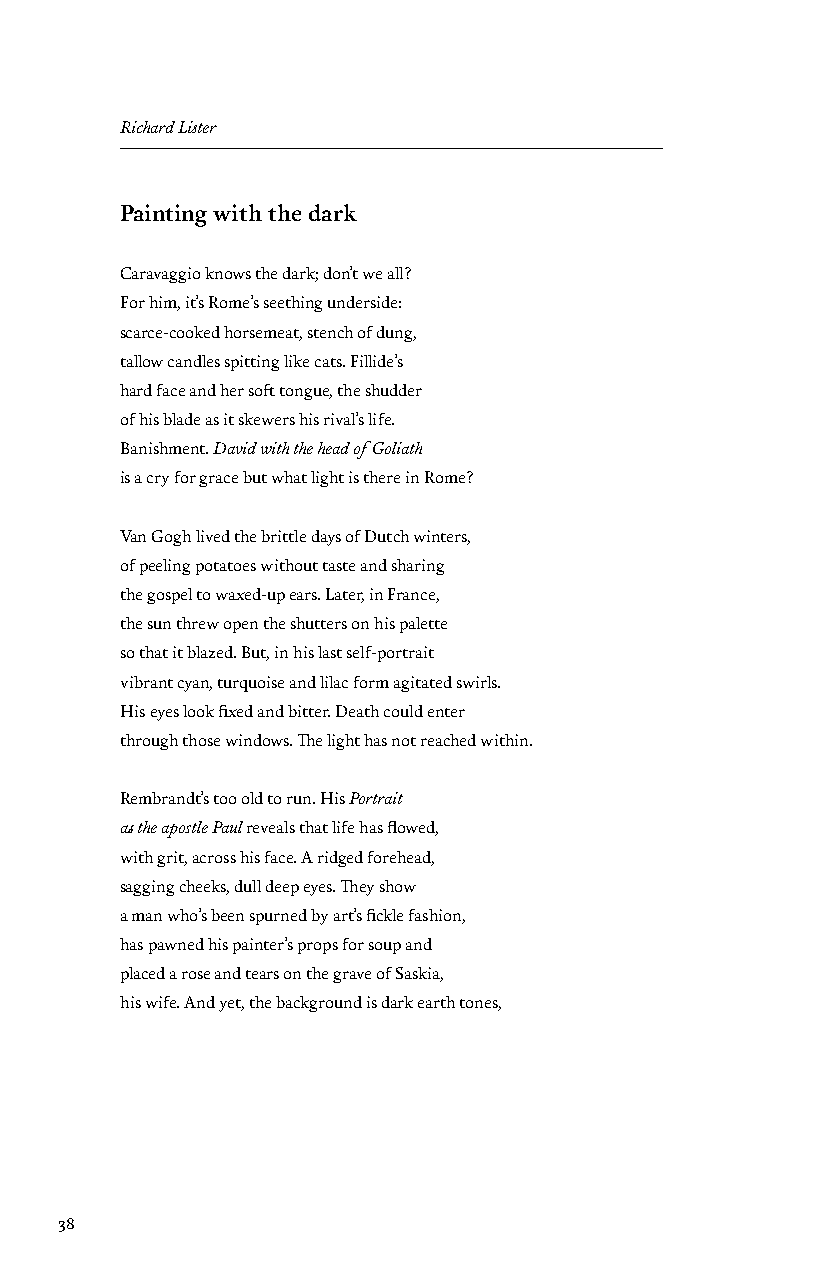
Richard Lister
 Painting with the dark
 Caravaggio knows the dark; don’t we all?
 For him, it’s Rome’s seething underside:
 scarce-cooked horsemeat, stench of dung,
 tallow candles spitting like cats. Fillide’s
 hard face and her soft tongue, the shudder
 of his blade as it skewers his rival’s life.
 Banishment. David with the head of Goliath
 is a cry for grace but what light is there in Rome?
 Van Gogh lived the brittle days of Dutch winters,
 of peeling potatoes without taste and sharing
 the gospel to waxed-up ears. Later, in France,
 the sun threw open the shutters on his palette
 so that it blazed. But, in his last self-portrait
 vibrant cyan, turquoise and lilac form agitated swirls.
 His eyes look fixed and bitter. Death could enter
 through those windows. The light has not reached within.
 Rembrandt’s too old to run. His Portrait
 as the apostle Paul reveals that life has flowed,
 with grit, across his face. A ridged forehead,
 sagging cheeks, dull deep eyes. They show
 a man who’s been spurned by art’s fickle fashion,
 has pawned his painter’s props for soup and
 placed a rose and tears on the grave of Saskia,
 his wife. And yet, the background is dark earth tones,
 38